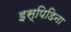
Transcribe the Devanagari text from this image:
इस्पिडिना